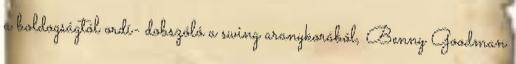
a boldogságtól ordí- dobszóló a swing aranykorából, Benny Goodman